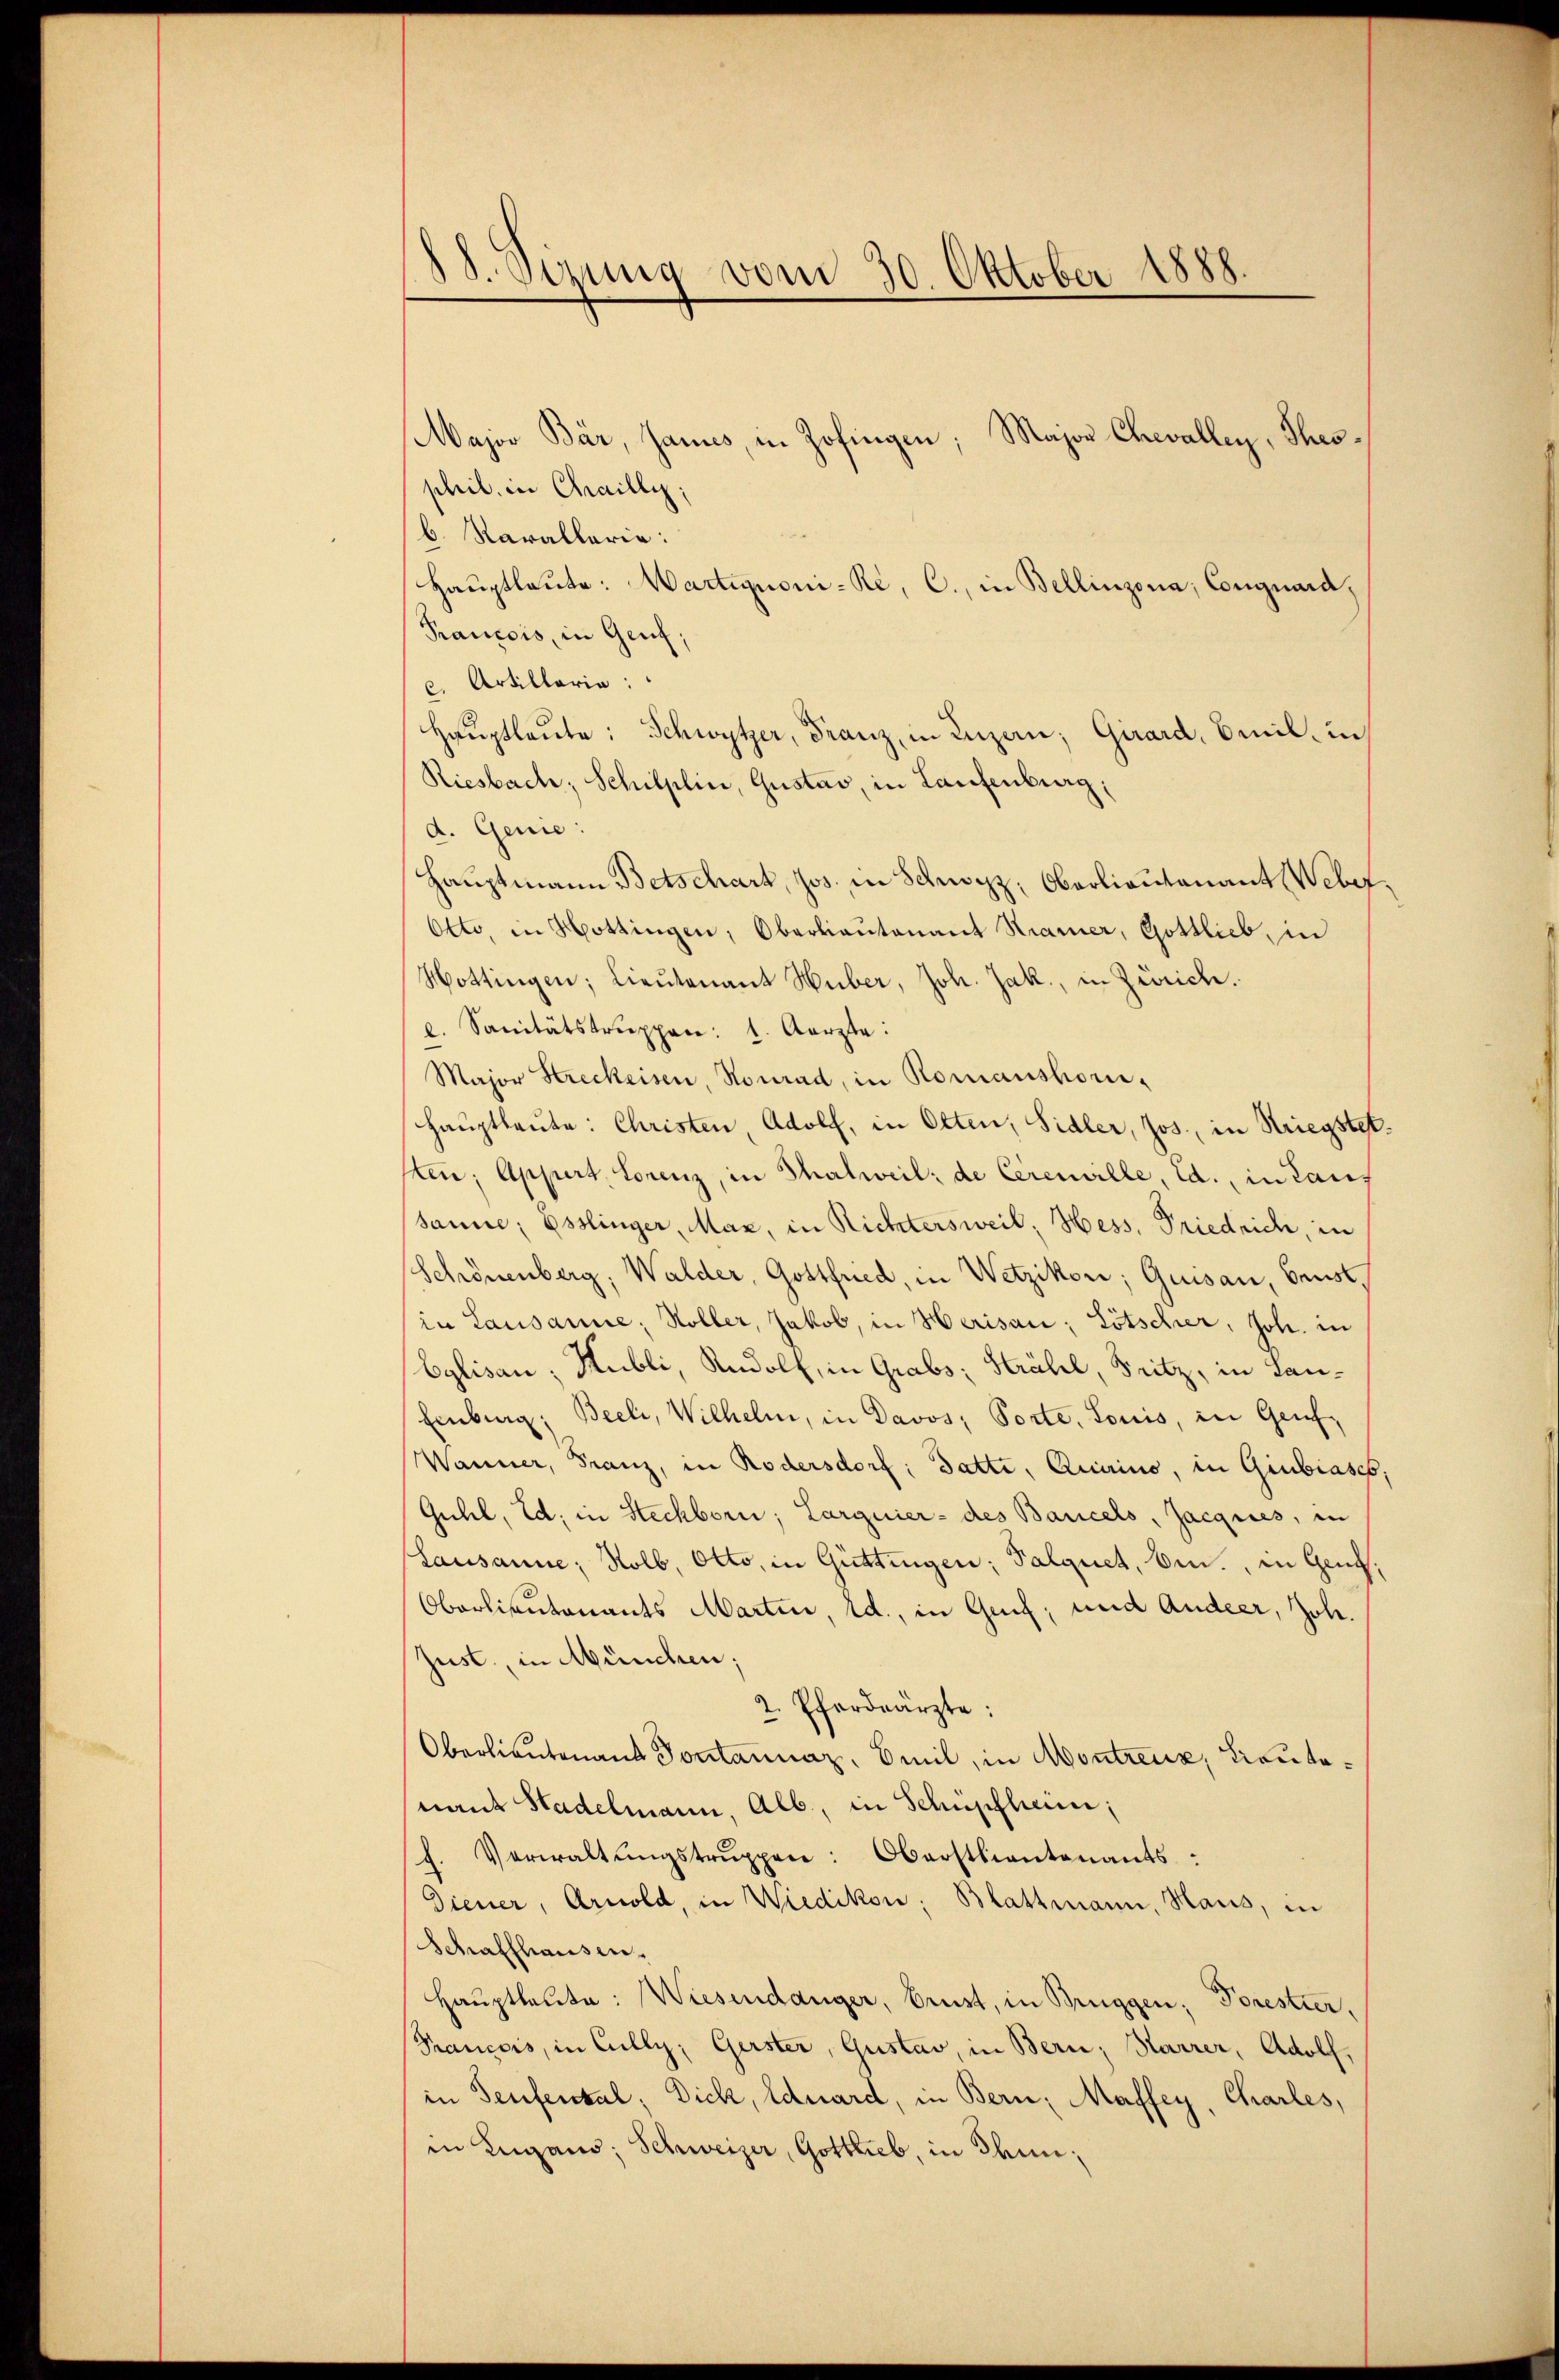
8. Simung vom 30. Oktober 1888.

Major Bär, Janus, in Zofingen; Major Chevallen, Throphil. in Chailli
b. Karallaria:
Haŭptlaŭte: Martignoni-Ke, C., in Bellinzona, Conguard,
Francois, in Genf,
c. Artillaria:
Haŭptleŭte: Schwytzer, Franz, in Luzern, Girard, Emil in
Riesbach, Schilplin, Gustav, in Laufenburg,
d. Genie:
Hauptmann Betschart, Jos. in Schwyz, Oberlieutenant Weber
Otto, in Hottingen, Oberlieutenant Kamer, Gottlieb, in
Mottingen; Lieutenant Huber, Joh. Jak., in Zürich.
e. Sanitätstruppen: 1. Aerzte:
Major Streckeisen, Konrad, in Romanshori-
Haŭptleute: Christen, Adolf, in Olten, Sidler, Jos., in Kriegstet
ten; Appert. Lorenz, in Thalweil; de Cerenille, Ed. in Lauf
sanne; Esslinger, Maz, in Richtersweil, Hess, Friedrich, in
Schönenberg, Walder, Gottfried, in Wetzikon; Quisau, brust,
in Lausanne; Roller, Jakob, in Herisau; Lötscher, Joh. in
Eglisau; Hubli, Rudolf, in Grabs, Strahl, Fritz, in Lan¬
Einburg, Beeli, Wilhelm, in Davos, Porte, Louis, in Genf,
Wanner, Franz, in Rödersdorf; Datti, Quirino, in Giubiasco,
Guhl, Ed; in Steckborn, Larguier- des Bancels, Jacques, in
Lausanne; Kolb, Otto, in Güttingen; Palquet, bin, in Gent,
Oberlieutenants Martin, ed., in Greif, und Andeer, Joh.
Just, in München:
2. Pferdeärzte:
Oberlieutenans Portannaz, Emil, in Montreux, Trautonant Stadelmann, Alb., in Schüpfhein;
f. Verwaltŭngstrŭppen: Oberstlieutenants:
Diener, Arnold, in Wiedikon; Blattmann, Haus, in
Schaffhausen¬
Haŭptleute: Wiesendanger, Brust, in Brüggen; Forestier,
Tancois, in Cully, Gerster, Gustav, in Bern; Karrer, Adolf,
in Teufental, Dick, Eduard, in Bern; Maffey, Charles,
in Lugano, Schweizer, Gottlieb, in Ihm,